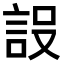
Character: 𮘂